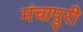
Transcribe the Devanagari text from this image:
मंचापुरी